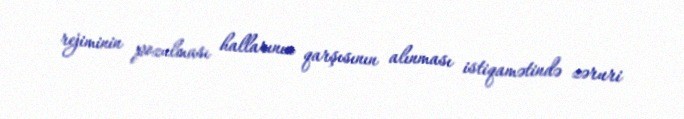
rejiminin pozulması hallarının qarşısının alınması istiqamətində zəruri